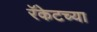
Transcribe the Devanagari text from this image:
रॅकेटच्या